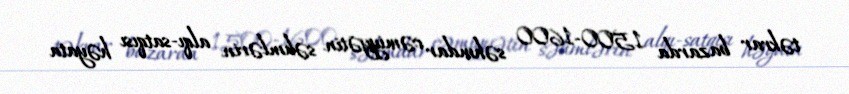
təkrar bazarda 1500-1600 səhmdar cəmiyyətin səhmlərin alqı-satqısı həyata